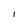
Character: I